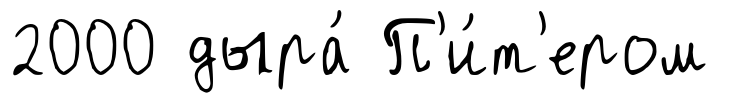
2000 дыра́ П'и́т'ером